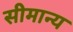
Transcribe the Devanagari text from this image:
सीमान्य